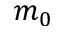
m _ { 0 }